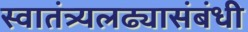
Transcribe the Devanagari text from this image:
स्वातंत्र्यलढ्यासंबंधी